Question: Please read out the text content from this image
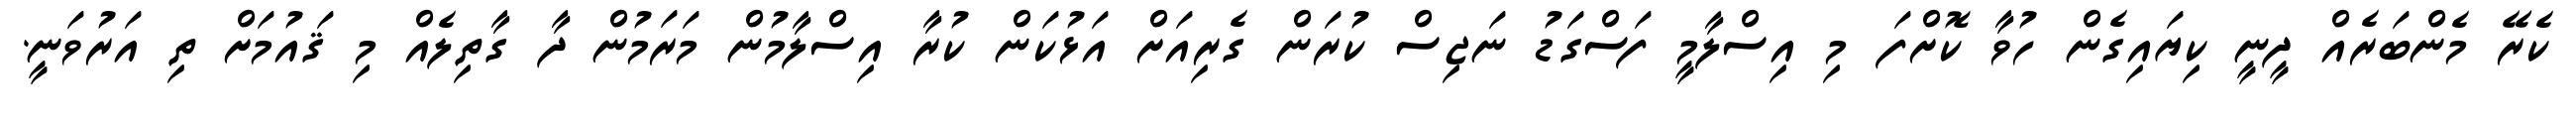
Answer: ކެރޭ މެންބަރެއް ދީނީ ކިޔައިގެން ހުވާ ކޮށްފަ މި އިސްލާމީ ފަސްގަޑު ނަޖިސް ކުރަން ގެރިއަށް އަޅުކަން ކުރާ އިސްލާމުން މަރަމުން ދާ ގާތިލެއް މި ޤައުމަށް ތި އަރުވަނީ.